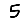
Digit: 5